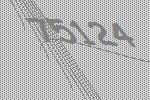
75124